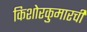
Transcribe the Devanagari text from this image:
किशोरकुमारची